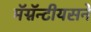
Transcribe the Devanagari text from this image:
मॅग्नॅन्टीयसने